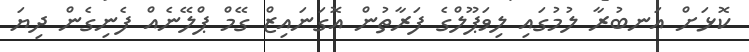
ކޮޅަށް އަނބުރާ ލުމުގައި ލިވަޕޫލްގެ ފަރާތުން އޮގަނައިޒް ގޭމް ޕްލޭނެއް ފެނިގެން ދިޔަ